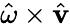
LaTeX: \textstyle{\hat{\mathbf{\omega}}}\times{\hat{\mathbf{v}}}